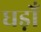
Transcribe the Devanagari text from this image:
घड़ोँ